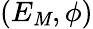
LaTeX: (E_{\mathit{M}},\phi)